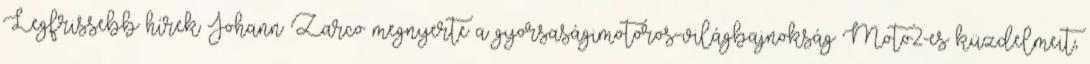
Legfrissebb hírek Johann Zarco megnyerte a gyorsaságimotoros-világbajnokság Moto2-es küzdelmeit,